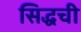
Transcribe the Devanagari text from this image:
सिद्धची